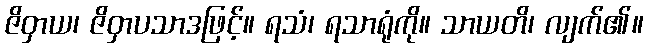
ဇိဝှာယ၊ ဇိဝှာပသာဒဖြင့်။ ရသံ၊ ရသာရုံကို။ သာယတိ၊ လျက်၏။